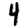
Digit: 4